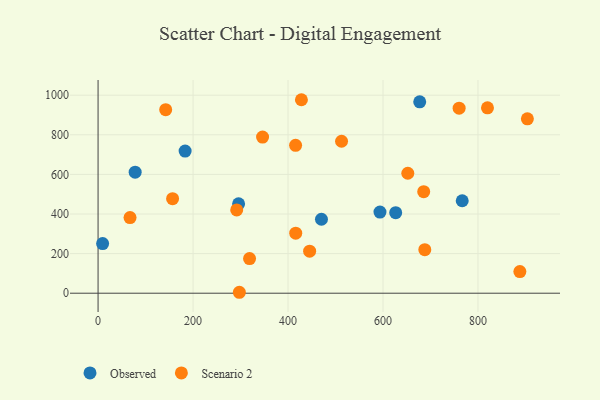
{"axis": {"x": "Distance", "y": "Rating"}, "legend": ["Observed", "Scenario 2"], "data": [{"x": "766.8", "y": 467.0, "type": "Observed"}, {"x": "470.4", "y": 373.6, "type": "Observed"}, {"x": "183.3", "y": 717.8, "type": "Observed"}, {"x": "626.7", "y": 406.9, "type": "Observed"}, {"x": "677.3", "y": 966.5, "type": "Observed"}, {"x": "78.1", "y": 611.3, "type": "Observed"}, {"x": "295.9", "y": 451.5, "type": "Observed"}, {"x": "593.6", "y": 409.7, "type": "Observed"}, {"x": "9.6", "y": 250.4, "type": "Observed"}, {"x": "445.5", "y": 212.1, "type": "Scenario 2"}, {"x": "416.2", "y": 303.4, "type": "Scenario 2"}, {"x": "346.4", "y": 788.5, "type": "Scenario 2"}, {"x": "291.9", "y": 420.5, "type": "Scenario 2"}, {"x": "888.2", "y": 109.1, "type": "Scenario 2"}, {"x": "904.0", "y": 880.7, "type": "Scenario 2"}, {"x": "688.0", "y": 219.8, "type": "Scenario 2"}, {"x": "512.7", "y": 767.4, "type": "Scenario 2"}, {"x": "319.0", "y": 175.1, "type": "Scenario 2"}, {"x": "820.0", "y": 936.4, "type": "Scenario 2"}, {"x": "142.4", "y": 926.9, "type": "Scenario 2"}, {"x": "760.3", "y": 934.6, "type": "Scenario 2"}, {"x": "67.3", "y": 382.0, "type": "Scenario 2"}, {"x": "297.5", "y": 4.7, "type": "Scenario 2"}, {"x": "156.9", "y": 477.6, "type": "Scenario 2"}, {"x": "415.9", "y": 746.8, "type": "Scenario 2"}, {"x": "652.2", "y": 605.9, "type": "Scenario 2"}, {"x": "685.7", "y": 512.7, "type": "Scenario 2"}, {"x": "428.2", "y": 977.1, "type": "Scenario 2"}]}